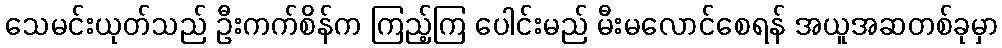
သေမင်းယုတ်သည် ဦးကက်စိန်က ကြည့်ကြ ပေါင်းမည် မီးမလောင်စေရန် အယူအဆတစ်ခုမှာ